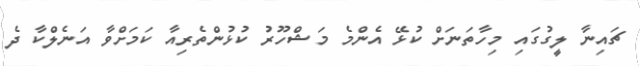
ޗައިނާ ލީގުގައި މިހާތަނަށް ކުޅޭ އެންމެ މަޝްހޫރު ކުޅުންތެރިއާ ކަމަށްވާ އަނެލްކާ ދެ